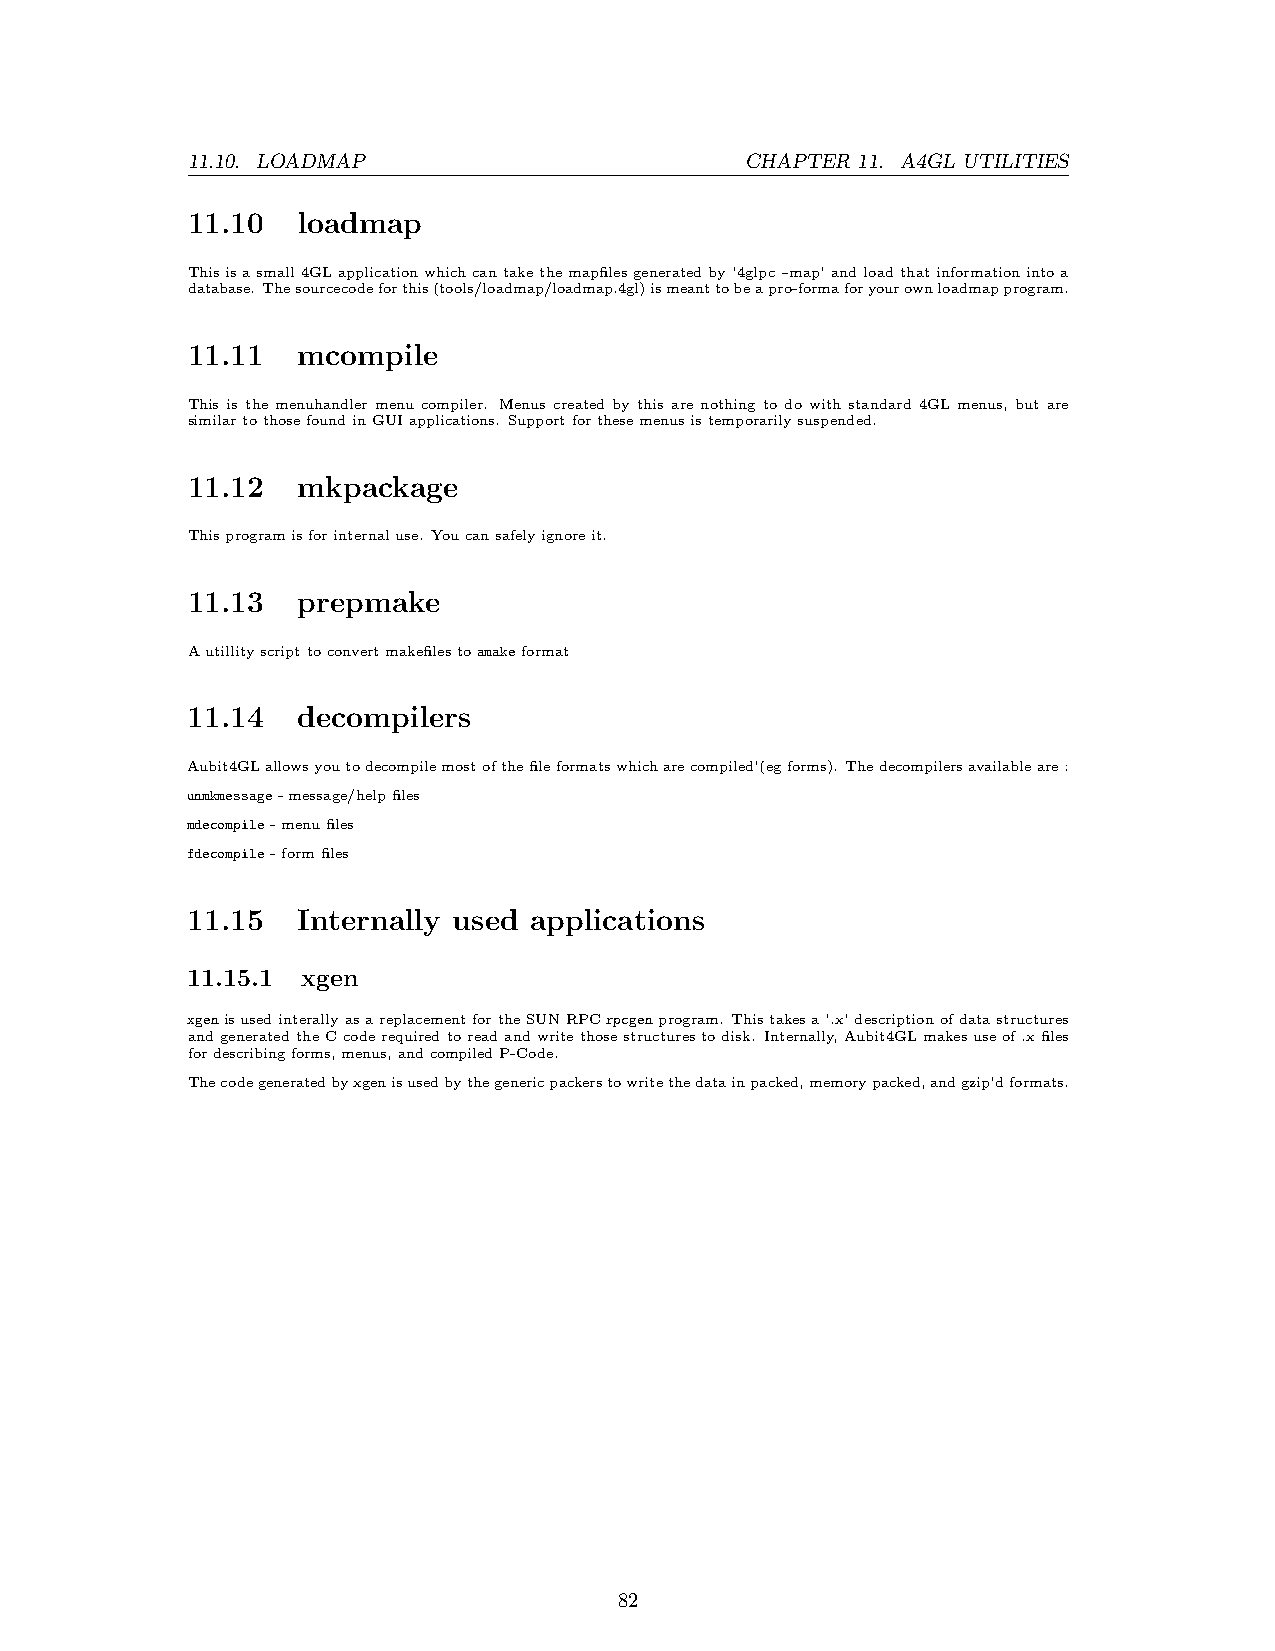
11.10. LOADMAP                       CHAPTER 11. A4GL UTILITIES
 11.10   loadmap
 Thisisasmall4GLapplicationwhichcantakethemapfilesgeneratedby’4glpc–map’andloadthatinformationintoa
 database. Thesourcecodeforthis(tools/loadmap/loadmap.4gl)ismeanttobeapro-formaforyourownloadmapprogram.
 11.11   mcompile
 This is the menuhandler menu compiler. Menus created by this are nothing to do with standard 4GL menus, but are
 similartothosefoundinGUIapplications. Supportforthesemenusistemporarilysuspended.
 11.12   mkpackage
 Thisprogramisforinternaluse. Youcansafelyignoreit.
 11.13   prepmake
 Autillityscripttoconvertmakefilestoamakeformat
 11.14   decompilers
 Aubit4GLallowsyoutodecompilemostofthefileformatswhicharecompiled’(egforms). Thedecompilersavailableare:
 unmkmessage-message/helpfiles
 mdecompile-menufiles
 fdecompile-formfiles
 11.15   Internally used applications
 11.15.1 xgen
 xgenisusedinterallyasareplacementfortheSUNRPCrpcgenprogram. Thistakesa’.x’descriptionofdatastructures
 andgeneratedtheCcoderequiredtoreadandwritethosestructurestodisk. Internally,Aubit4GLmakesuseof.xfiles
 fordescribingforms,menus,andcompiledP-Code.
 Thecodegeneratedbyxgenisusedbythegenericpackerstowritethedatainpacked,memorypacked,andgzip’dformats.
 82